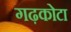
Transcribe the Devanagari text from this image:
गढ़कोटा